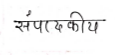
मजकूर: संपादकीय